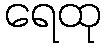
ရေထု